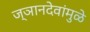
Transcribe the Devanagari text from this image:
ज्ञानदेवांमुळे